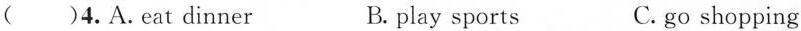
()4.A. eat dinner B. play sports C. go shopping